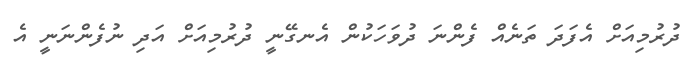
ދުރުމިއަށް އެފަދަ ތަނެއް ފެންނަ ދުވަހަކުން އެނގޭނީ ދުރުމިއަށް އަދި ނުފެންނަނީ އެ